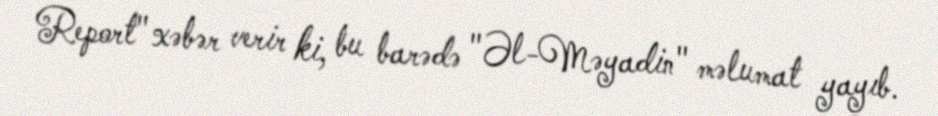
Report" xəbər verir ki, bu barədə "Əl-Məyadin" məlumat yayıb.